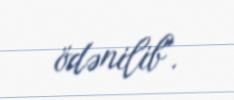
ödənilib".